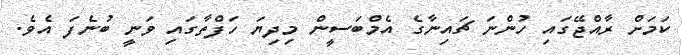
ކަމަށް ރާއްޖޭގައި ހުންނަ ޗައިނާގެ އެމްބަސީން މިދިޔަ ހަފްތާގައި ވަނީ ބުނެފަ އެވެ.